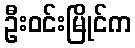
ဦးဝင်းမြိုင်က